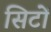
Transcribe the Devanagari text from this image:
सिटों